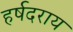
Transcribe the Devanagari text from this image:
हर्षदराय